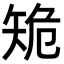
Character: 𥎾